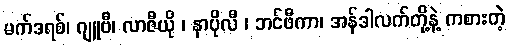
မက်ဒရစ်၊ ဂျူဗီ၊ လာဇီယို ၊ နာပိုလီ ၊ ဘင်ဖီကာ၊ အန်ဒါလက်တို့နဲ့ ကစားတဲ့